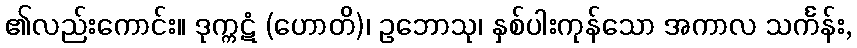
၏လည်းကောင်း။ ဒုက္ကဋံ (ဟောတိ)၊ ဥဘောသု၊ နှစ်ပါးကုန်သော အကာလ သင်္ကန်း,